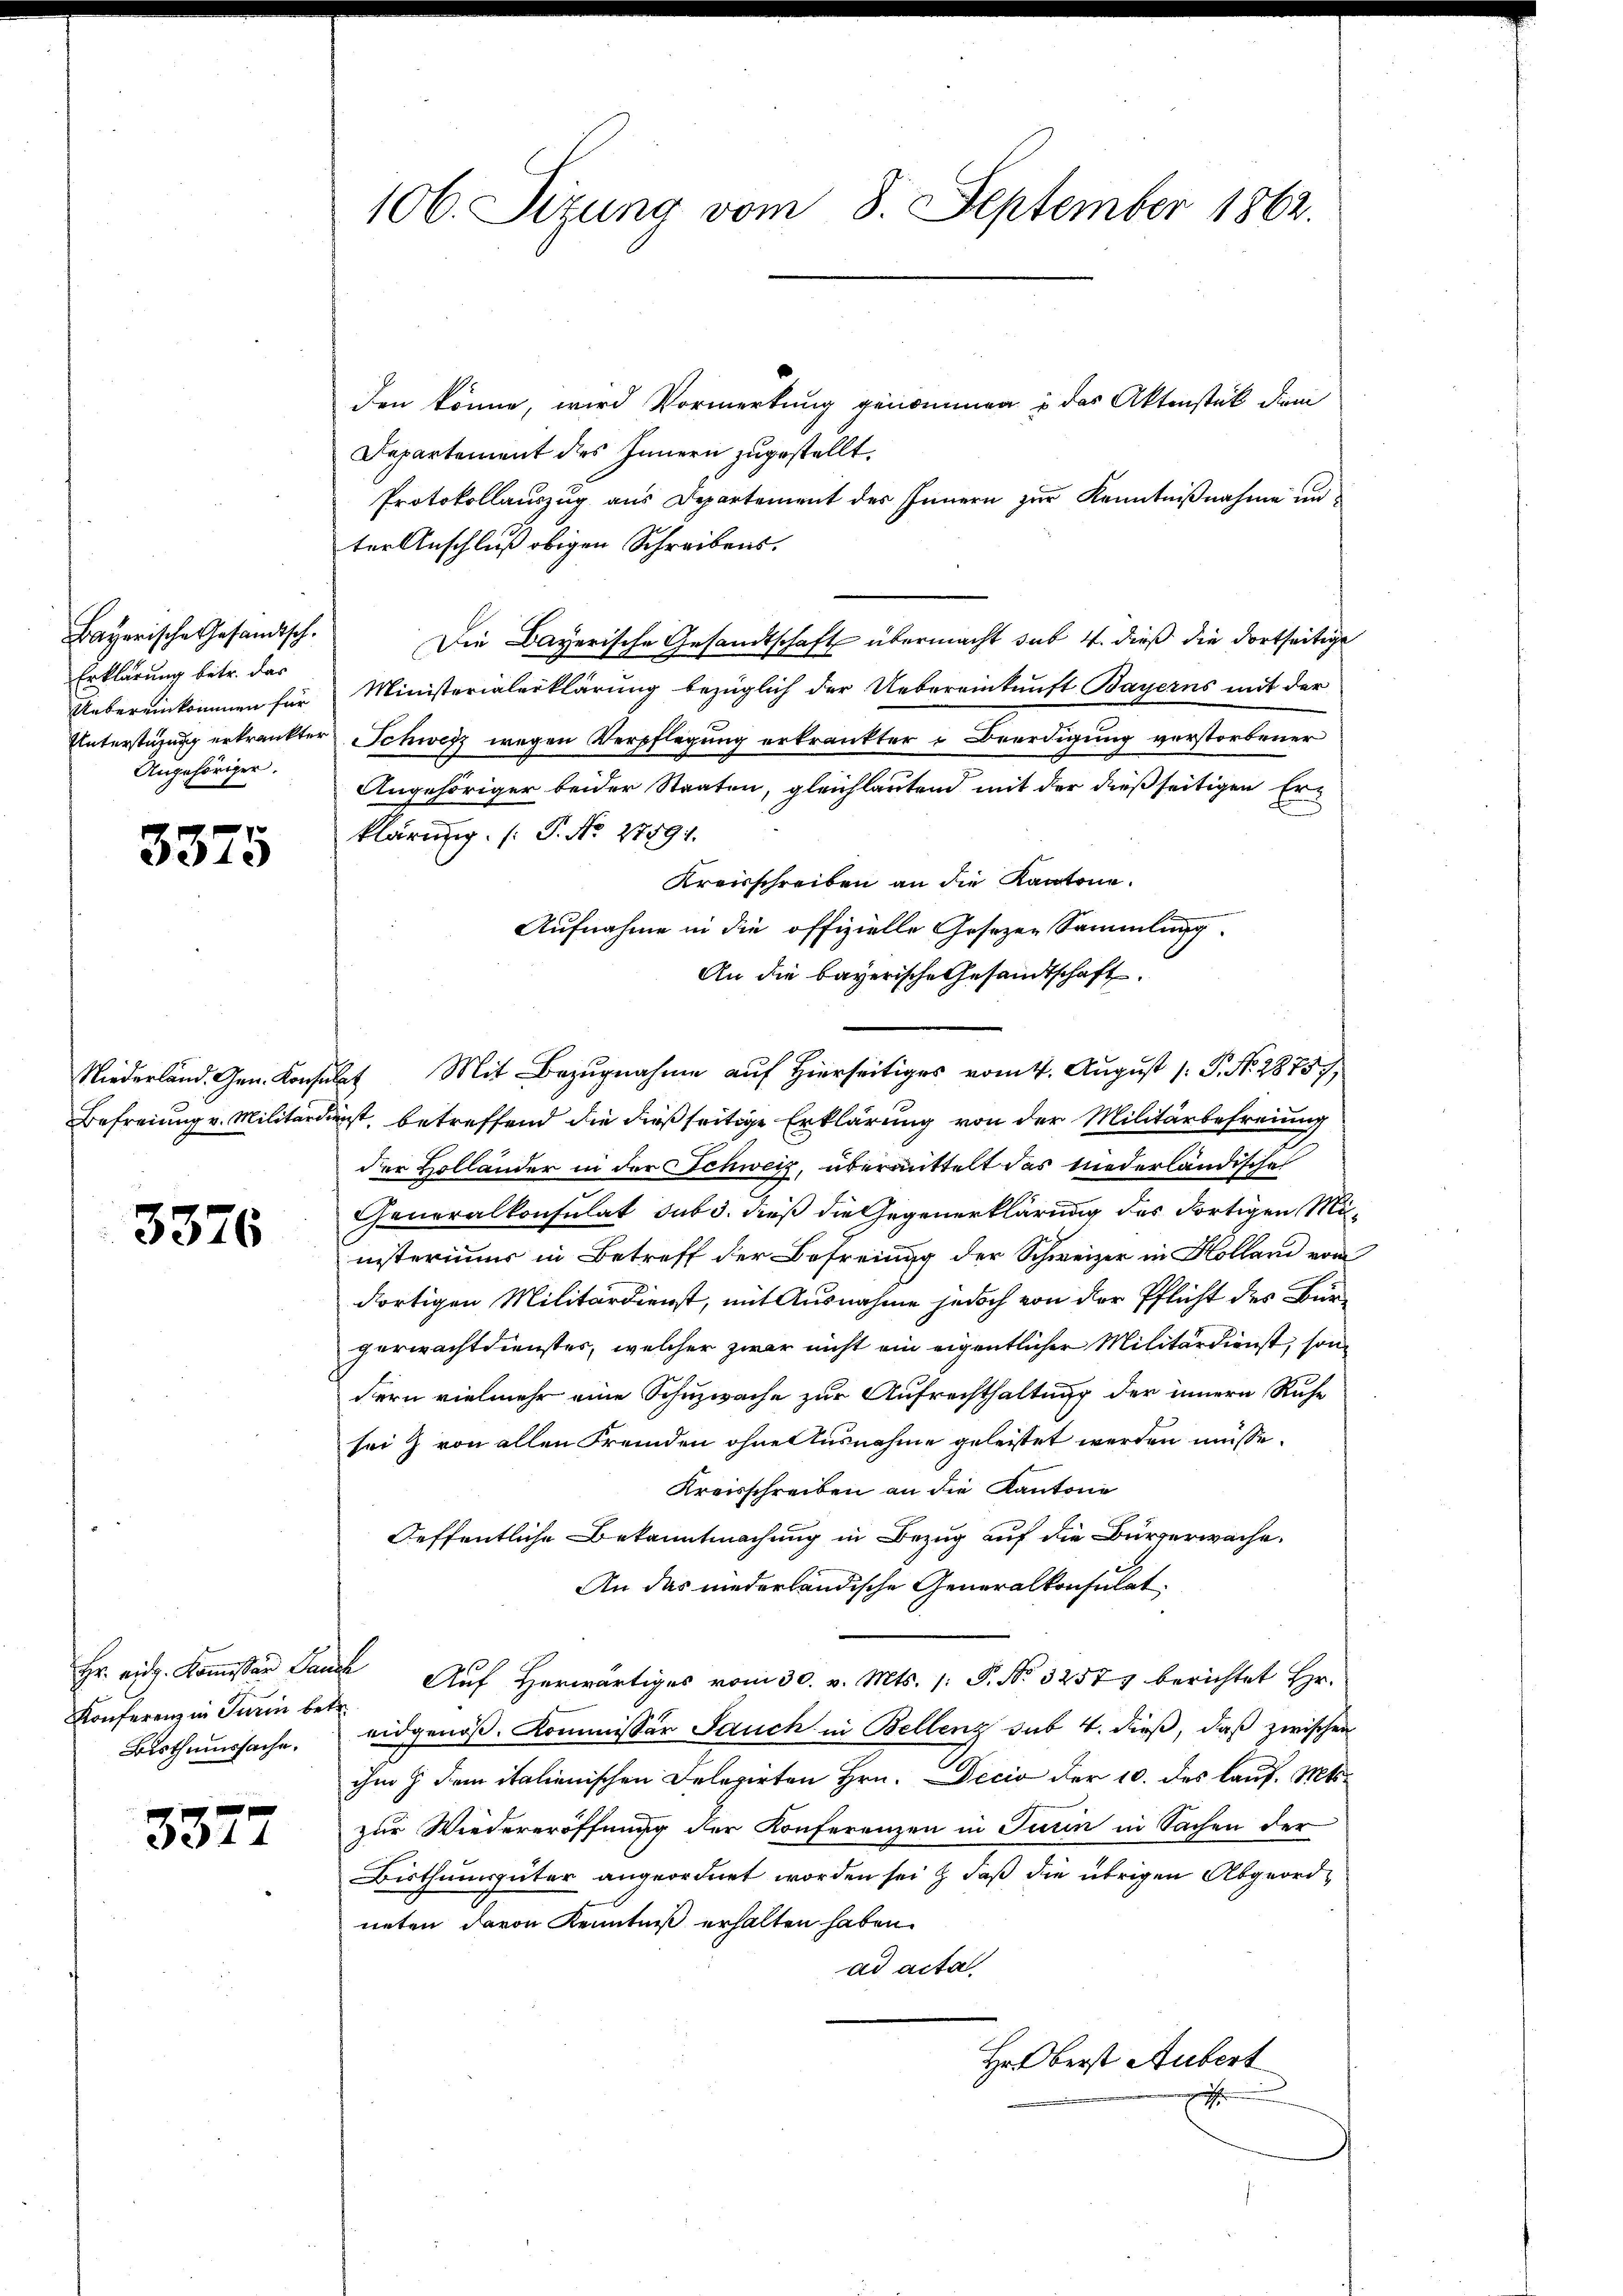
Bayerische Gesandtsch.
Erklärung betr. das
Angehöriger.

3375

3376

den könne, wird Vormerkung genommen u das Aktenstück dem
Departement des Innern zugestellt.
Protokollauszug aus Departement des Innern zur Kenntnißnahme un
ter Anschluß obigen Schreibens.
Die Bayerische Gesandtschaft übermacht sub. 4. dieß die dortseitige
Uebereinkommen für Ministerialerklärung bezüglich der Uebereinkunft Bayerns mit der
Unterstüzung erkrankter Schweiz wegen Verpflegung erkrankter Beerdigung verstorbener
Angehöriger beider Staaten, gleichlautend mit der dießseitigen Er-
klärung. (T. No. 27591.
Kreisschreiben an die Kantone.
Aufnahme in die offizielle Gesezen Sammlung.
An die bayerische Gesandtschaft.
Niederland. Gen. Konsulat Mit Bezugnahme auf Hierseitiges vom 4. August /: P. N. 2875,
Befreiung v. Militärdienst betreffend die dießseitige Erklärung von der Militärbefreiung
der Holländer in der Schweiz, übermittelt das niederländische
Generalkonsulat sub d. dieß die Gegenerklärung des dortigen Mi-
nisterimus in Betreff der Befreiung der Schweizer in Kolland vom
dortigen Militärdienst, mit Ausnahme jedoch von der Pflicht des Bürgerwachtdienstes, welcher zwar nicht ein eigentlicher Militärdienst, son
dern vielmehr eine Schuzwache zur Aufrechthaltung der innern Ruhe
sei & von allen Fremden ohne Ausnahme geleistet werden müsse.
Kreisschreiben an die Kantone
Oeffentliche Bekanntmachung in Bezug auf die Bürserwache.
An das niederländische Generalkonsulat
Hr. eidg. Kommissär Lauch Auf Herwärtiges vom 30. v. Mts. (: P. Nr. 32577 berichtet Hr.
eidgenös. Kommissär Jauch in Bellenz sub 4. dieß, daß zwischen
ihm h dem italienischen Delegirten Hrn. Decio der 10. des lauf. Mts.
zur Wiedereröffnung der Konferenzen in Turin in Sachen der
Bisthumsgüter angeordnet worden sei & daß die übrigen Abgeordneten, davon Kenntniß erhalten haben.
ad acta
Hr. Oberst Aubert
e

Konferenz in Turin betr.
Bisthumssache.

3377

106. Sizung vom 8. September 1862.